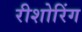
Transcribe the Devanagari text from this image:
रीशोरिंग